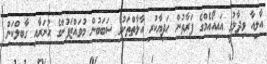
އާލިއާ ވިދާޅުވީ އައިއޯއެމްގެ ފަރާތުން ހަދިޔާކުރި އާލާތްތަކުގެ ސަބަބުން މުވައްޒަފުންގެ ހުނަރާއި ގާބިލްކަން